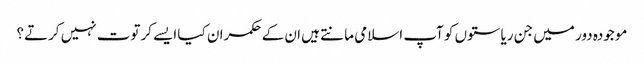
موجودہ دور میں جن ریاستوں کو آپ اسلامی مانتے ہیں ان کے حکمران کیا ایسے کرتوت نہیں کرتے؟